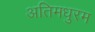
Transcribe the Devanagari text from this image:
अतिमधुरम